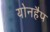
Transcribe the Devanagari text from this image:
योनहैप